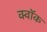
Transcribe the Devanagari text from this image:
क्वॉक